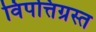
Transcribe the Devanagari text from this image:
विपत्तिग्रस्त